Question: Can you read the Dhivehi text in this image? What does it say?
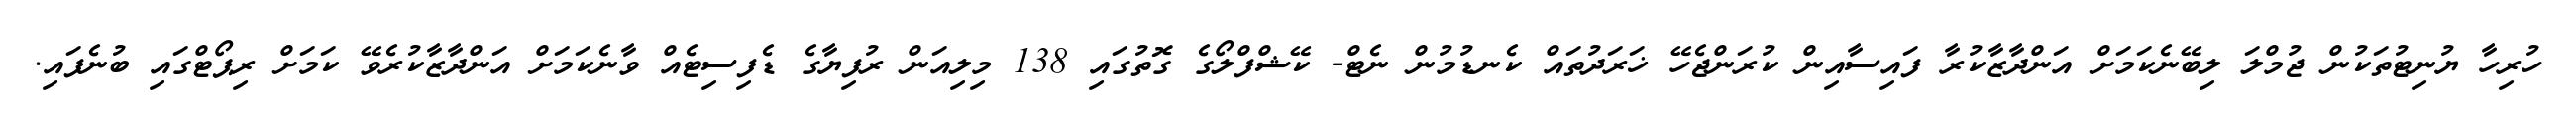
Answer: ހުރިހާ ޔުނިޓުތަކުން ޖުމްލަ ލިބޭނެކަމަށް އަންދާޒާކުރާ ފައިސާއިން ކުރަންޖެހޭ ޚަރަދުތައް ކެނޑުމުން ނެޓް- ކޭޝްފްލޯގެ ގޮތުގައި 138 މިލިއަން ރުފިޔާގެ ޑެފިސިޓެއް ވާނެކަމަށް އަންދާޒާކުރެވޭ ކަމަށް ރިޕޯޓްގައި ބުނެފައި.